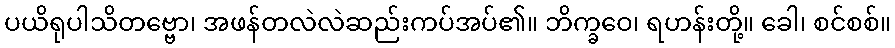
ပယိရုပါသိတဗ္ဗော၊ အဖန်တလဲလဲဆည်းကပ်အပ်၏။ ဘိက္ခဝေ၊ ရဟန်းတို့။ ခေါ၊ စင်စစ်။